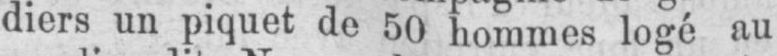
diers un piquet de 50 hommes logé au